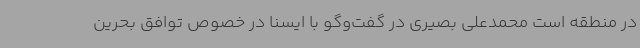
در منطقه است محمدعلی بصیری در گفت‌وگو با ایسنا در خصوص توافق بحرین